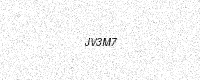
Text: JV3M7